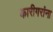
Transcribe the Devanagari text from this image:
कारीगरांना